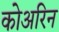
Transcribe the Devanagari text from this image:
कोअरिन